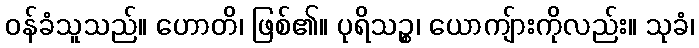
ဝန်ခံသူသည်။ ဟောတိ၊ ဖြစ်၏။ ပုရိသဉ္စ၊ ယောကျ်ားကိုလည်း။ သုခံ၊